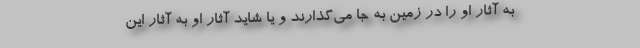
به آثار او را در زمین به جا می‌گذارند و یا شاید آثار او به آثار این